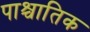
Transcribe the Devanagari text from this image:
पाश्चातिक